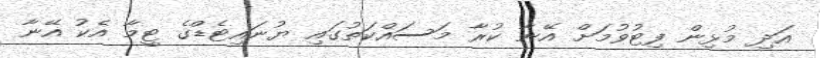
އަދި މުޅިން ފިޓުވުމަށް އޭނާ ކުރާ މަސައްކަތުގައި ޔުނައިޓެޑްގެ ޓީމާ އެކު އޭނާ